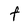
Character: f